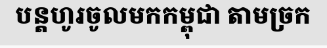
បន្តហូរចូលមកកម្ពុជា តាមច្រក